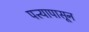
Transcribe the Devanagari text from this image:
पत्त्यापासून